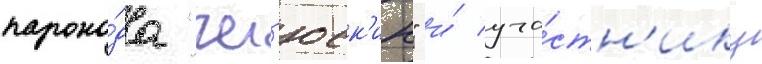
парохо́да "чел'юск'ин" и́ уча́стн'ику